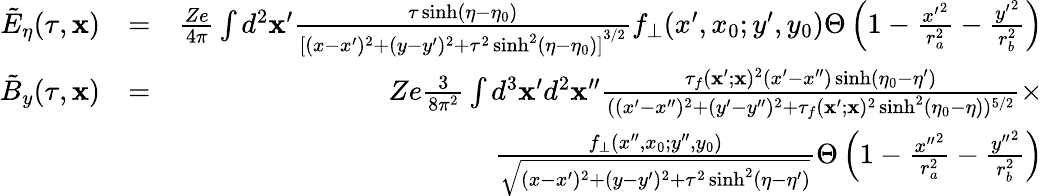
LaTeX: \begin{array}{rlr}{\tilde{E}_{\eta}(\tau,\mathbf{x})}&{=}&{\frac{Ze}{4\pi}\int d^{2}\mathbf{x}^{\prime}\frac{\tau\sinh(\eta-\eta_{0})}{{[(x-x^{\prime})^{2}+(y-y^{\prime})^{2}+\tau^{2}\sinh^{2}(\eta-\eta_{0})]}^{3/2}}f_{\bot}(x^{\prime},x_{0};y^{\prime},y_{0})\Theta\left(1-\frac{{x^{\prime}}^{2}}{r_{a}^{2}}-\frac{{y^{\prime}}^{2}}{r_{b}^{2}}\right)}\\ {\tilde{B}_{y}(\tau,\mathbf{x})}&{=}&{Ze\frac{3}{8\pi^{2}}\int d^{3}\mathbf{x}^{\prime}d^{2}\mathbf{x}^{\prime\prime}\frac{\tau_{f}(\mathbf{x}^{\prime};\mathbf{x})^{2}(x^{\prime}-x^{\prime\prime})\sinh(\eta_{0}-\eta^{\prime})}{((x^{\prime}-x^{\prime\prime})^{2}+(y^{\prime}-y^{\prime\prime})^{2}+\tau_{f}(\mathbf{x}^{\prime};\mathbf{x})^{2}\sinh^{2}(\eta_{0}-\eta))^{5/2}}\times}\\ &{}&{\frac{f_{\bot}(x^{\prime\prime},x_{0};y^{\prime\prime},y_{0})}{\sqrt{(x-x^{\prime})^{2}+(y-y^{\prime})^{2}+\tau^{2}\sinh^{2}(\eta-\eta^{\prime})}}\Theta\left(1-\frac{{x^{\prime\prime}}^{2}}{r_{a}^{2}}-\frac{{y^{\prime\prime}}^{2}}{r_{b}^{2}}\right)}\end{array}